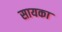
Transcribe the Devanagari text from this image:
सायका